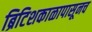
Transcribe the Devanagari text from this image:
ब्रिटिशकाळापासूनच